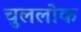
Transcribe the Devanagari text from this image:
चुललोक